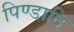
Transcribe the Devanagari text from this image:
पिण्डादि